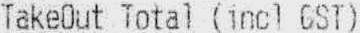
TAKEOUT TOTAL (INCL GST)